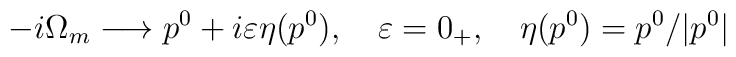
-i\Omega_m \longrightarrow p^0 + i\varepsilon \eta(p^0), \ \ \ \varepsilon =0_+,\ \ \ \eta(p^0)=p^0/|p^0|